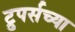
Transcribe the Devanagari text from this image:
ट्रुपर्सच्या